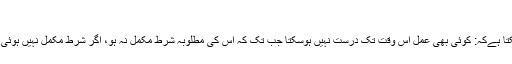
[2]
آسان الفاظ میں یوں کہا جاسکتا ہےکہ: کوئی بھی عمل اس وقت تک درست نہیں ہوسکتا جب تک کہ اس کی مطلوبہ شرط مکمل نہ ہو، اگر شرط مکمل نہیں ہوئی تو عمل بھی درست نہ ہوگا۔